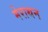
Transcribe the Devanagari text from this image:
मेराथन